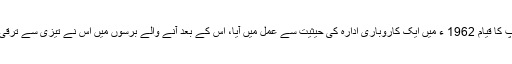
گروپ کا قیام 1962 ء میں ایک کاروباری ادارہ کی حیثیت سے عمل میں آیا، اس کے بعد آنے والے برسوں میں اس نے تیزی سے ترقی کی۔